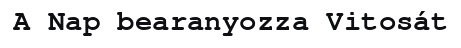
A Nap bearanyozza Vitosát